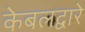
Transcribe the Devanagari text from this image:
केबलद्वारे